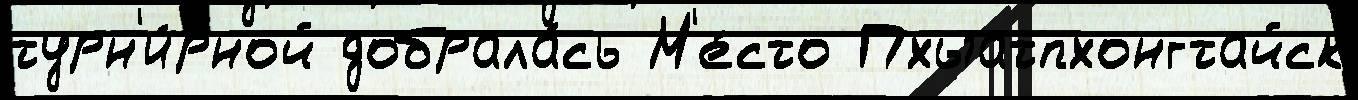
турн'и́рной добрала́сь М'е́сто Пхыатпхонгтайск